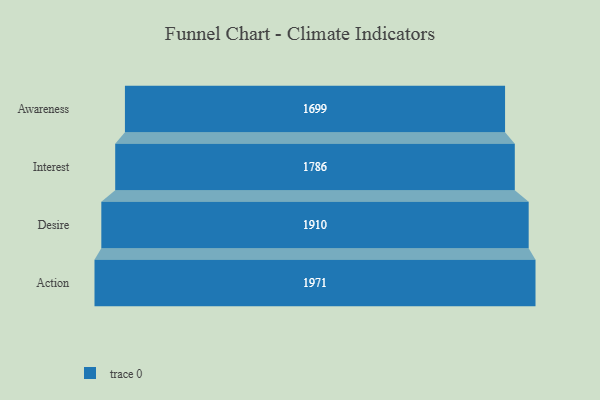
{"axis": {"x": "Stage", "y": "Value"}, "legend": [""], "data": [{"x": "Awareness", "y": 1699.0, "type": ""}, {"x": "Interest", "y": 1786.0, "type": ""}, {"x": "Desire", "y": 1910.0, "type": ""}, {"x": "Action", "y": 1971.0, "type": ""}]}